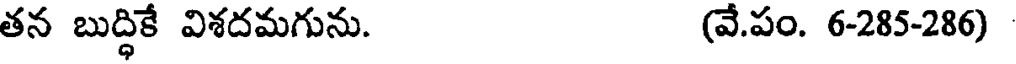
తన బుద్ధికే విశదమగును. (వే.పం. 6-285-286)